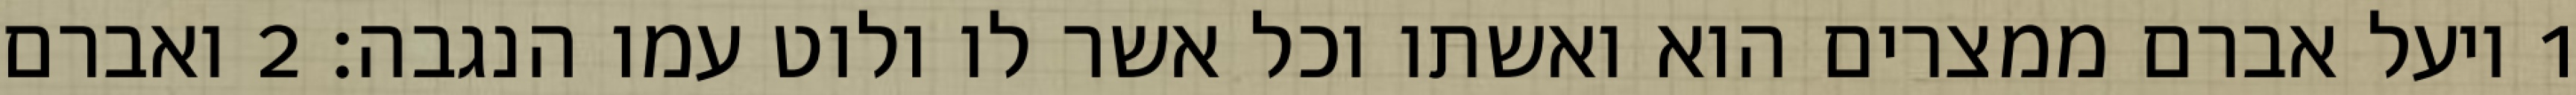
1 ויעל אברם ממצרים הוא ואשתו וכל אשר לו ולוט עמו הנגבה׃ ‎2‏ ואברם